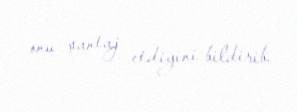
onu şantaj etdiyini bildirib.